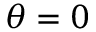
\theta = 0